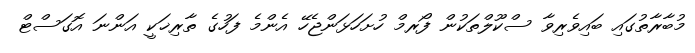
މުބާރާތުގައި ބައިވެރިވާ ސްކޫލްތަކުން ފޯރމް ހުށަހަޅަންޖެހޭ އެންމެ ފަހުގެ ތާރިޚަކީ އަންނަ އޮގަސްޓް